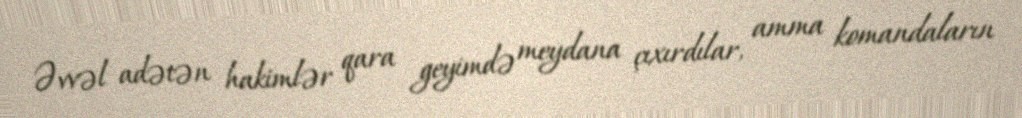
Əvvəl adətən hakimlər qara geyimdə meydana çıxırdılar, amma komandaların